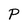
Character: P